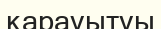
қарауытуы